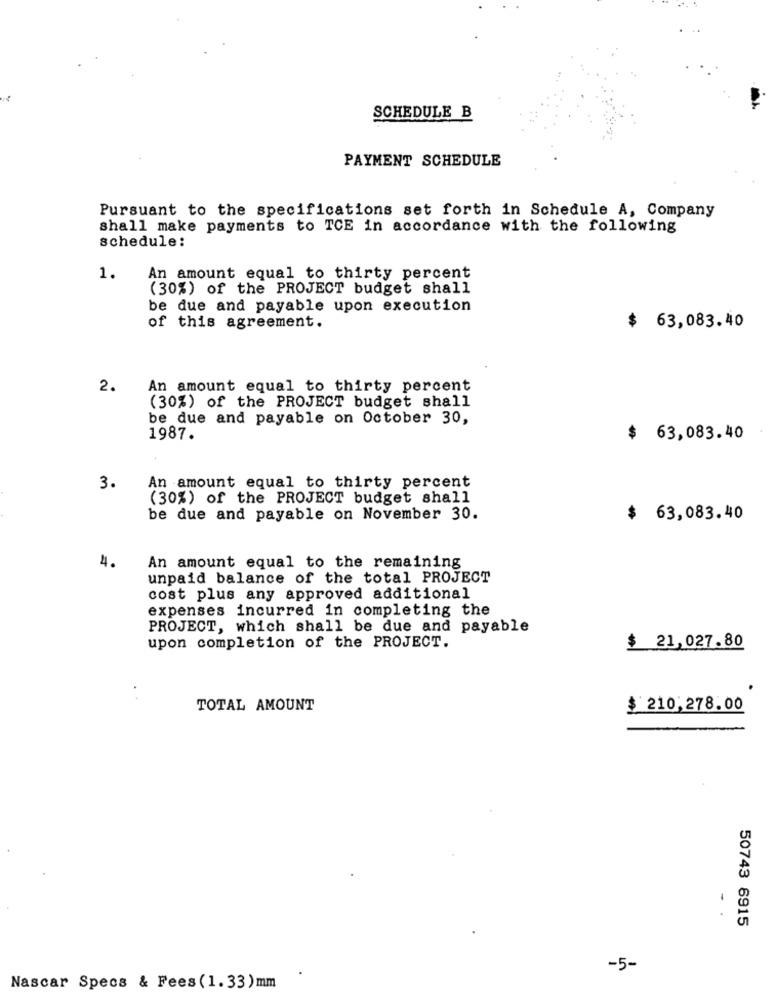
SCHEDULE B
PAYMENT SCHEDULE
Pursuant to the specifications set forth in Schedule A, Company
shall make payments to TCE in accordance with the following
schedule:
1.
An amount equal to thirty percent
(30%) of the PROJECT budget shall
be due and payable upon execution
of this agreement.
63,083.40
2.
An amount equal to thirty percent
(30%) of the PROJECT budget shall
be due and payable on October 30,
1987.
$
63,083.40
3.
An amount equal to thirty percent
(30%) of the PROJECT budget shall
be due and payable on November 30.
$
63,083.40
4.
An amount equal to the remaining
unpaid balance of the total PROJECT
cost plus any approved additional
expenses incurred in completing the
PROJECT, which shall be due and payable
upon completion of the PROJECT.
$ 21,027.80
TOTAL AMOUNT
$ 210,278.00
50743 6915
-5-
Nascar Specs & Fees(1.33)mm